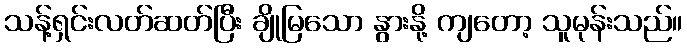
သန့်ရှင်းလတ်ဆတ်ပြီး ချိုမြသော နွားနို့ ကျတော့ သူမုန်းသည်။